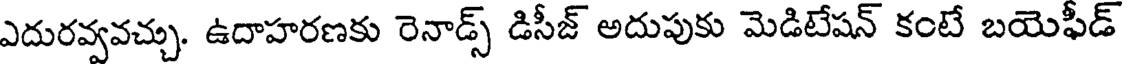
ఎదురవ్వవచ్చు. ఉదాహరణకు రెనాడ్స్ డిసీజ్ అదుపుకు మెడిటేషన్ కంటే బయెఫీడ్